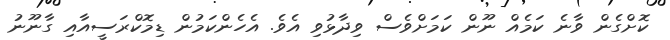
ކޮށްގެން ވާނެ ކަމެއް ނޫން ކަމަށްވެސް ވިދާޅުވި އެވެ. އެހެންކަމުން ޑިމޮކްރަސީއާއި ގާނޫނު